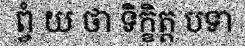
ព្វំ យ ថា ទិក្ខិត្ត បទា